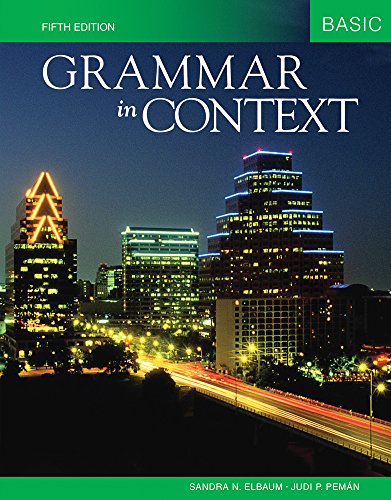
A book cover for Grammar in Context Basic; Sandra N. Elbaum; Reference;